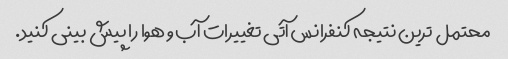
محتمل ترین نتیجه کنفرانس آتی تغییرات آب و هوا را پیش بینی کنید.